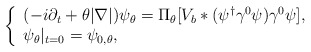
\begin{align*}\left\{\begin{array}{l}(-i\partial_t+\theta|\nabla|)\psi_\theta = \Pi_\theta[V_b*(\psi^\dagger\gamma^0\psi)\gamma^0\psi], \\\psi_\theta|_{t=0}=\psi_{0,\theta},\end{array}\right.\end{align*}